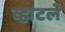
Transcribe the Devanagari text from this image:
व्हाटले